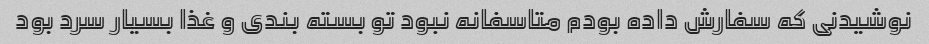
نوشیدنی که سفارش داده بودم متاسفانه نبود تو بسته بندی و غذا بسیار سرد بود